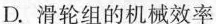
不计绳重和摩擦。利用以上信息不能求解的物理量是 ( )